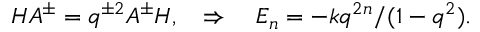
H A ^ { \pm } = q ^ { \pm 2 } A ^ { \pm } H , \quad \Rightarrow \quad E _ { n } = - k q ^ { 2 n } / ( 1 - q ^ { 2 } ) .